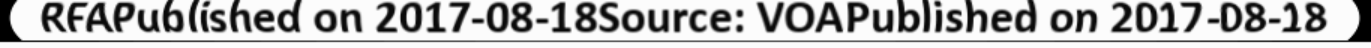
RFAPublished on 2017-08-18Source: VOAPublished on 2017-08-18